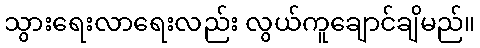
သွားရေးလာရေးလည်း လွယ်ကူချောင်ချိမည်။